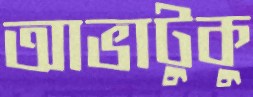
আভাটুকু